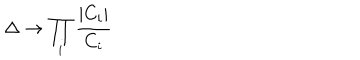
\Delta \rightarrow \prod _ { i } \frac { | C _ { i } | } { C _ { i } }